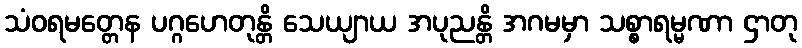
သံဝရမတ္တေန ပဂ္ဂဟေတုန္တိ သေယျာယ အပုညန္တိ အဂမမှာ သစ္စာရမ္မဏာ ဌာတု